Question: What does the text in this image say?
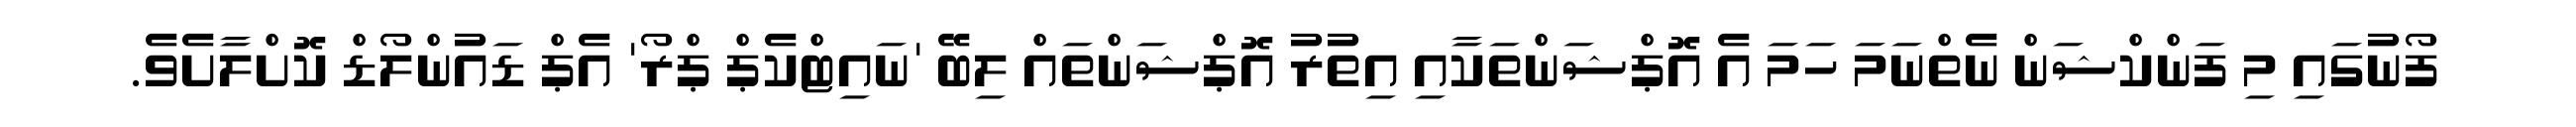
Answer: ފޯނުގައި މި ފަންކްޝަން ނެތްނަމަ ހަމަ އެ އޮޕްޝަންތަކާއި އިތުރު އޮޕްޝަންތައް ލިބޭ 'ނައިޓްކެޕް ޕްރޯ' އެޕް ޑައުންލޯޑް ކޮށްލާށެވެ.